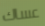
عساك